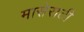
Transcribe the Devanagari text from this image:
मासेराटी